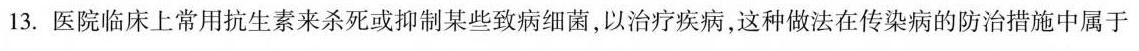
13.医院临床上常用抗生素来杀死或抑制某些致病细菌，以治疗疾病，这种做法在传染病的防治措施中属于